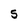
Character: S